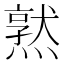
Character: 𪹱